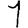
Digit: 1